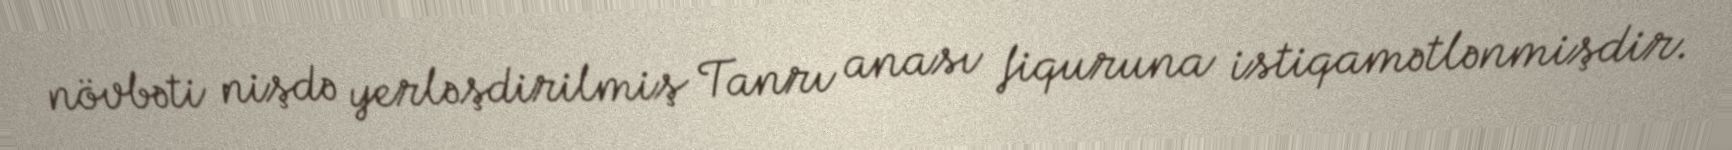
növbəti nişdə yerləşdirilmiş Tanrı anası fiquruna istiqamətlənmişdir.